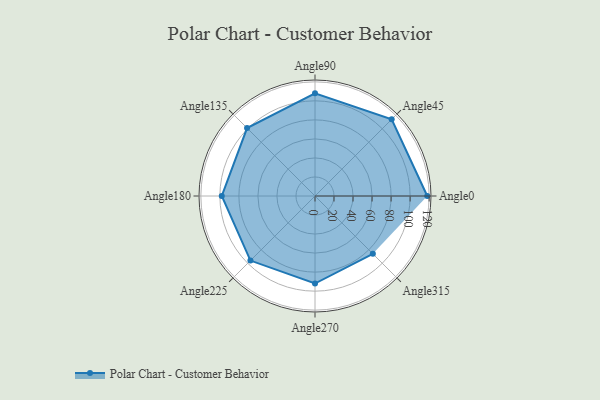
{"axis": {"x": "Angle", "y": "Radius"}, "legend": [""], "data": [{"x": "Angle0", "y": 118.0, "type": ""}, {"x": "Angle45", "y": 114.0, "type": ""}, {"x": "Angle90", "y": 108.0, "type": ""}, {"x": "Angle135", "y": 101.0, "type": ""}, {"x": "Angle180", "y": 98.0, "type": ""}, {"x": "Angle225", "y": 96.0, "type": ""}, {"x": "Angle270", "y": 92.0, "type": ""}, {"x": "Angle315", "y": 86.0, "type": ""}]}